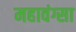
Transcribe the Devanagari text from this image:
महावंग्सा